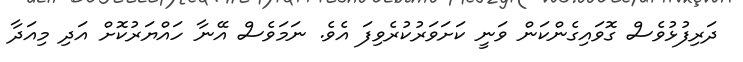
ދަރިފުޅުވެސް ގޮވައިގެންކަން ވަނީ ކަށަވަރުކުރެވިފަ އެވެ. ނަމަވެސް އޭނާ ހައްޔަރުކޮށް އަދި މިއަދާ